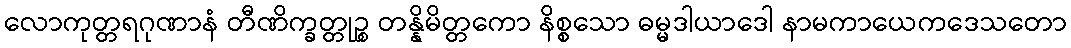
လောကုတ္တရဂုဏာနံ တီဏိက္ခတ္တုဉ္စ တန္နိမိတ္တကော နိစ္စသော ဓမ္မဒါယာဒေါ နာမကာယေကဒေသတော